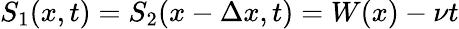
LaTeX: S_{1}(x,t)=S_{2}(x-\Delta x,t)=W(x)-\nu t